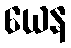
ယေန